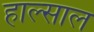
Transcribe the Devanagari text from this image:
हाल्साल